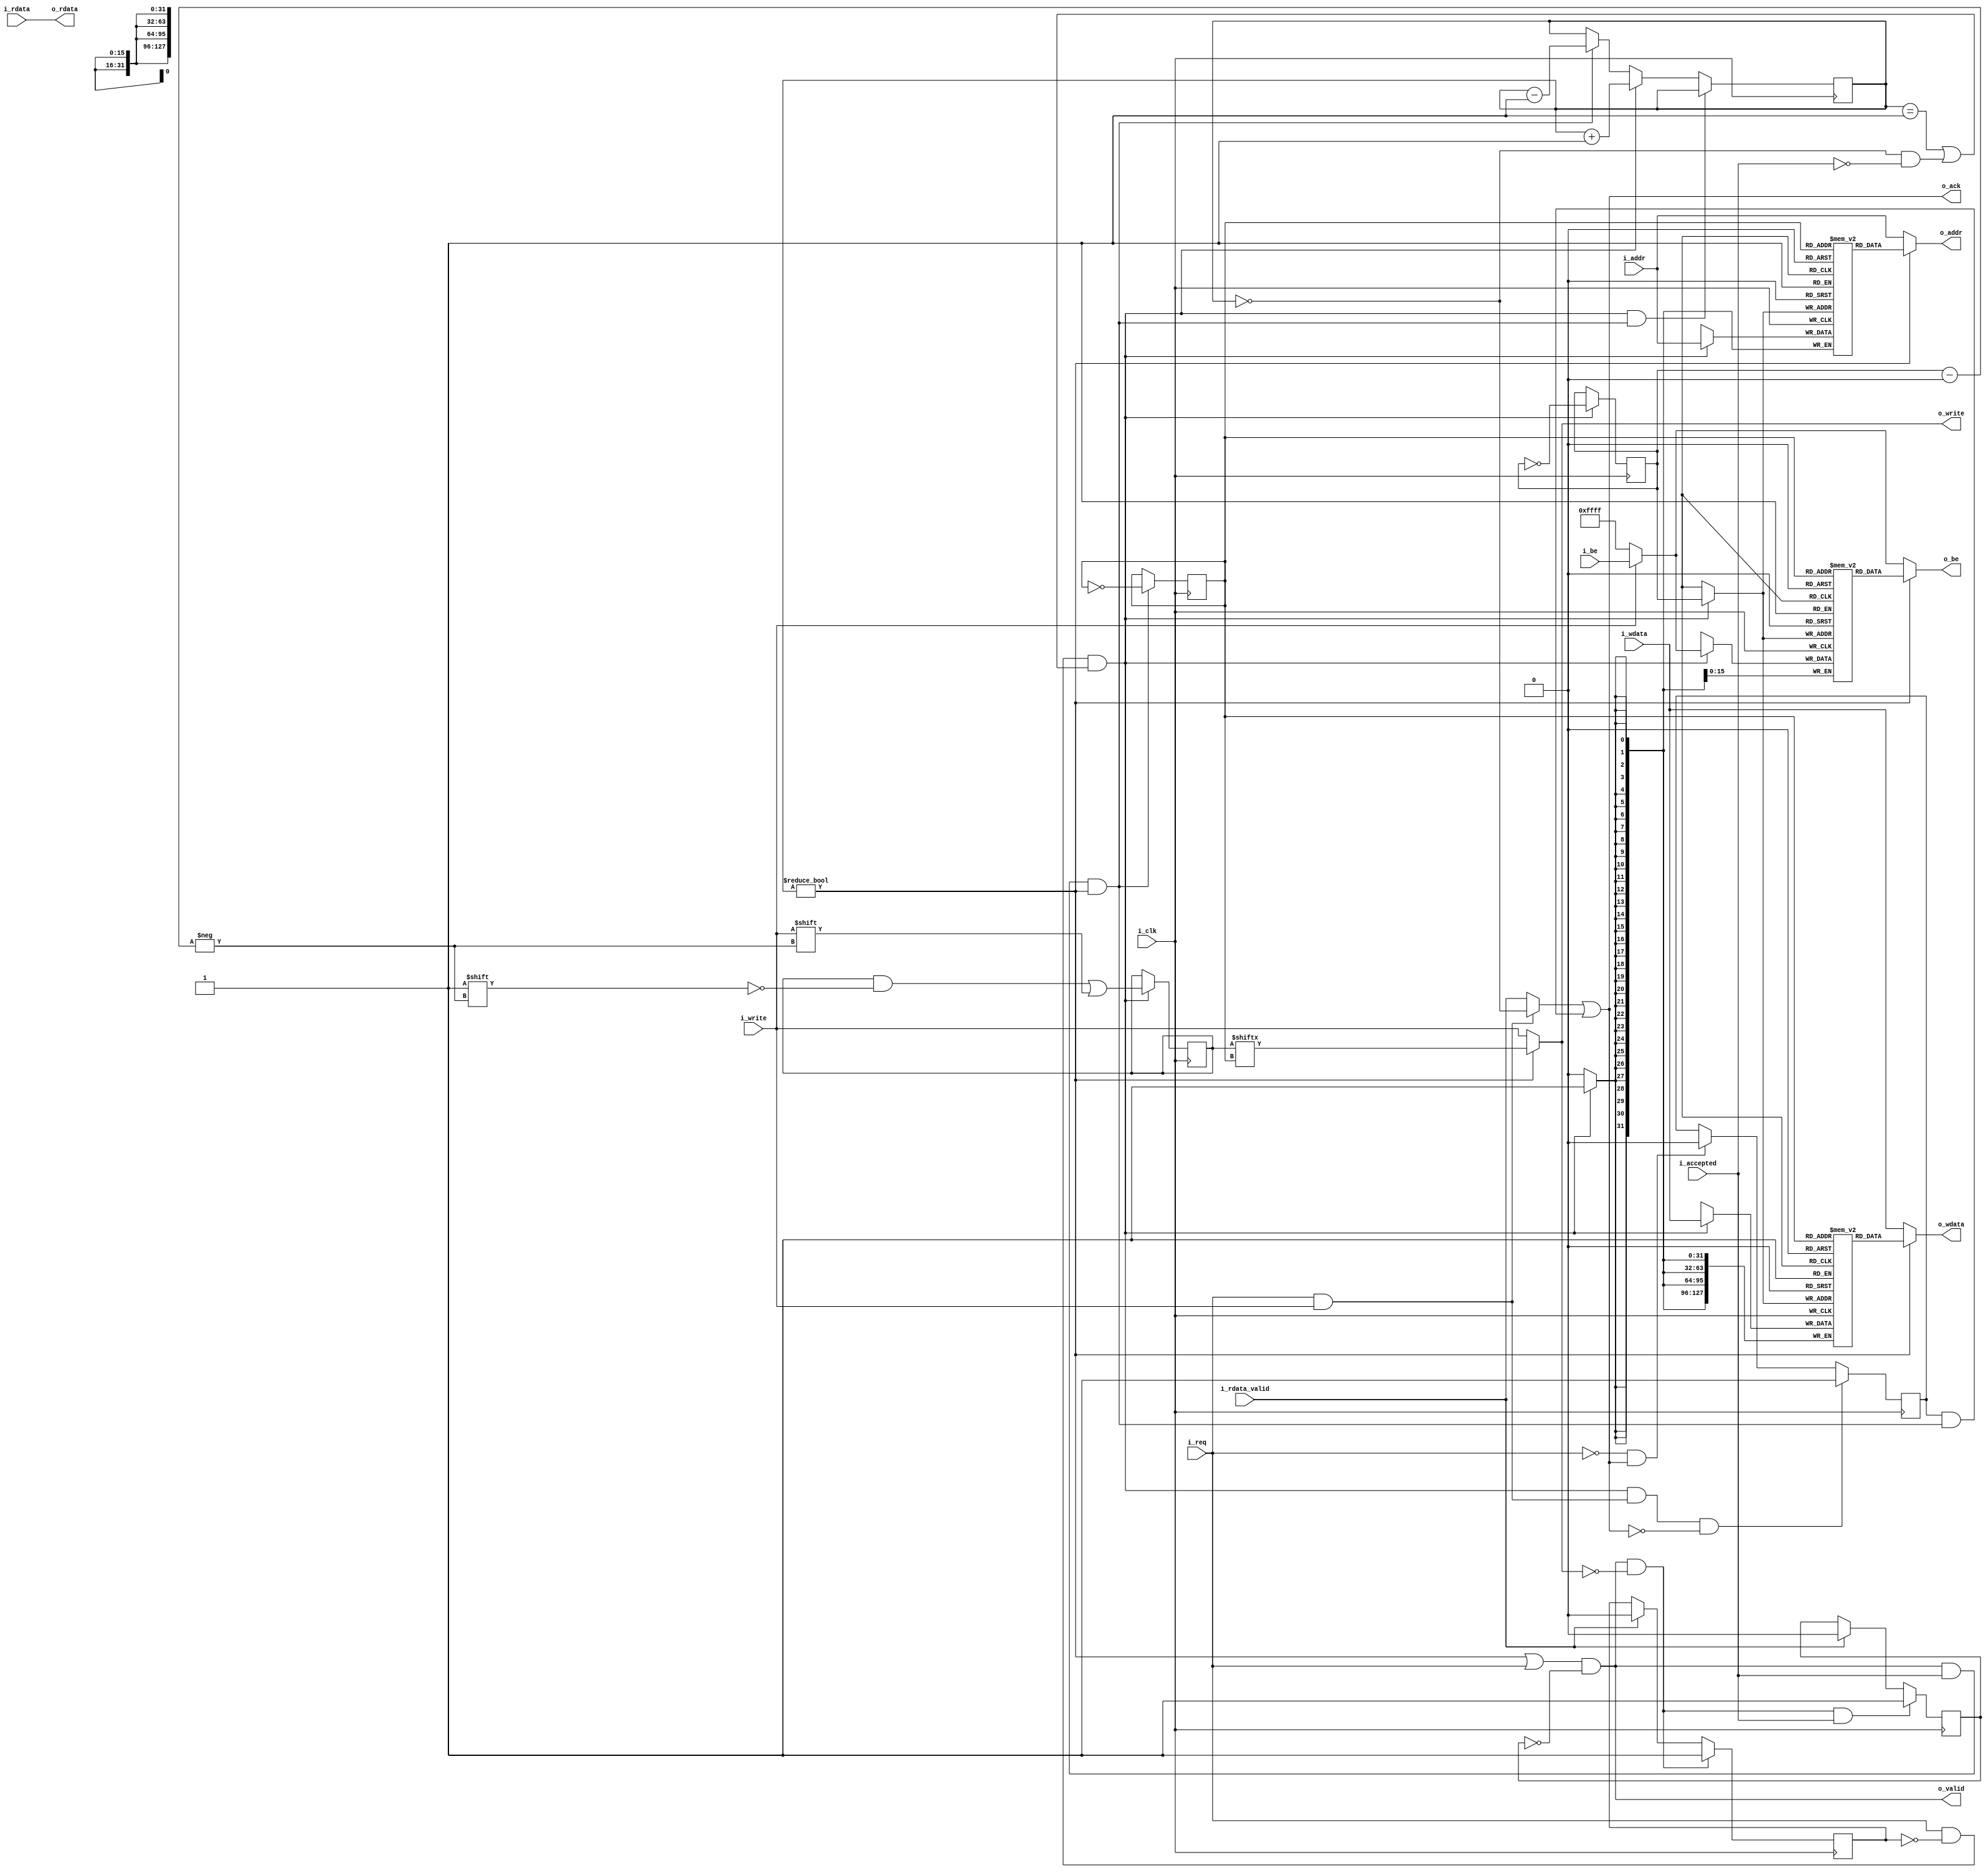
module a25_wishbone_buf_1 (
input                       i_clk,
input                       i_req,
input                       i_write,
input       [127:0]         i_wdata,
input       [15:0]          i_be,
input       [31:0]          i_addr,
output      [127:0]         o_rdata,
output                      o_ack,
output                      o_valid,
input                       i_accepted,
output                      o_write,
output      [127:0]         o_wdata,
output      [15:0]          o_be,
output      [31:0]          o_addr,
input       [127:0]         i_rdata,
input                       i_rdata_valid
);
reg  [1:0]                  wbuf_used_r     = 'd0;
reg  [127:0]                wbuf_wdata_r    [1:0]; 
reg  [31:0]                 wbuf_addr_r     [1:0]; 
reg  [15:0]                 wbuf_be_r       [1:0]; 
reg  [1:0]                  wbuf_write_r    = 'd0;
reg                         wbuf_wp_r       = 'd0;        
reg                         wbuf_rp_r       = 'd0;        
reg                         busy_reading_r  = 'd0;
reg                         wait_rdata_valid_r = 'd0;
wire                        in_wreq;
reg                         ack_owed_r      = 'd0;
assign in_wreq = i_req && i_write;
assign push    = i_req && !busy_reading_r && (wbuf_used_r == 2'd1 || (wbuf_used_r == 2'd0 && !i_accepted));
assign pop     = o_valid && i_accepted && wbuf_used_r != 2'd0;
always @(posedge i_clk)
    if (push && pop)
        wbuf_used_r     <= wbuf_used_r;
    else if (push)
        wbuf_used_r     <= wbuf_used_r + 1'd1;
    else if (pop)
        wbuf_used_r     <= wbuf_used_r - 1'd1;
always @(posedge i_clk)
    if (push && in_wreq && !o_ack)
        ack_owed_r = 1'd1;
    else if (!i_req && o_ack)
        ack_owed_r = 1'd0;
always @(posedge i_clk)
    if (push)
        begin
        wbuf_wdata_r [wbuf_wp_r]   <= i_wdata;
        wbuf_addr_r  [wbuf_wp_r]   <= i_addr;
        wbuf_be_r    [wbuf_wp_r]   <= i_write ? i_be : 16'hffff;
        wbuf_write_r [wbuf_wp_r]   <= i_write;
        wbuf_wp_r                  <= !wbuf_wp_r;
        end
always @(posedge i_clk)
    if (pop)
        wbuf_rp_r                  <= !wbuf_rp_r;
assign o_wdata = wbuf_used_r != 2'd0 ? wbuf_wdata_r[wbuf_rp_r] : i_wdata;
assign o_write = wbuf_used_r != 2'd0 ? wbuf_write_r[wbuf_rp_r] : i_write;
assign o_addr  = wbuf_used_r != 2'd0 ? wbuf_addr_r [wbuf_rp_r] : i_addr;
assign o_be    = wbuf_used_r != 2'd0 ? wbuf_be_r   [wbuf_rp_r] : i_write ? i_be : 16'hffff;
assign o_ack   = (in_wreq ? (wbuf_used_r == 2'd0) : i_rdata_valid) || (ack_owed_r && pop);
assign o_valid = (wbuf_used_r != 2'd0 || i_req) && !wait_rdata_valid_r;
assign o_rdata = i_rdata;
always@(posedge i_clk)
    if (o_valid && !o_write)
        busy_reading_r <= 1'd1;
    else if (i_rdata_valid)
        busy_reading_r <= 1'd0;
always@(posedge i_clk)
    if (o_valid && !o_write && i_accepted)
        wait_rdata_valid_r <= 1'd1;
    else if (i_rdata_valid)  
        wait_rdata_valid_r <= 1'd0;
endmodule